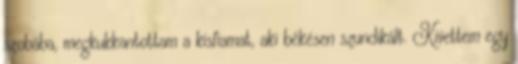
szobába, megkukkantottam a kisfiamat, aki békésen szundikált. Kivettem egy